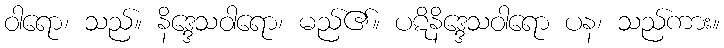
ဝါရော၊ သည်။ နိဒ္ဒေသဝါရော၊ မည်၏။ ပဋိနိဒ္ဒေသဝါရော ပန၊ သည်ကား။